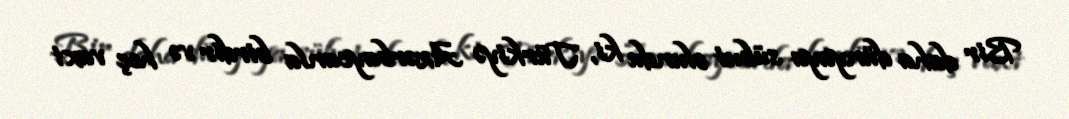
Bir daha dünyaya sübut olundu ki, Türkiyə Azərbaycanla birdir və heç vaxt